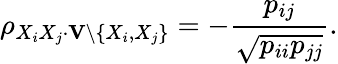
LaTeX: \rho_{X_{i}X_{j}\cdot\mathbf{V}\setminus\{ X_{i},X_{j}\} }=-{\frac{p_{ij}}{\sqrt{p_{ii}p_{jj}}}}.